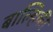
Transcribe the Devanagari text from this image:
बाल्हिकी